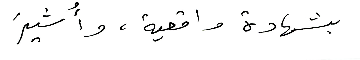
بشهادة واقعية، وأُشيرَ